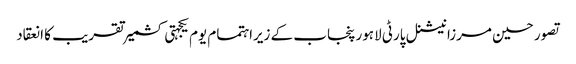
تصور حسین مرزا	 نیشنل پارٹی لاہور پنجاب کے زیراہتمام یوم یکجہتی کشمیر تقریب کا انعقاد